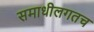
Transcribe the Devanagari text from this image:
समाधीलगतच